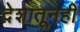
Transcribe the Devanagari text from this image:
देशातूनही